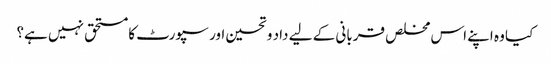
کیا وہ اپنے اس مخلص قربانی کے لیے داد و تحسین اور سپورٹ کا مستحق نہیں ہے؟